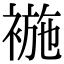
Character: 𧛖